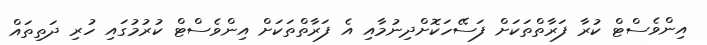
އިންވެސްޓް ކުރާ ފަރާތްތަކަށް ފަސޭހަކޮށްދިނުމާއި އެ ފަރާތްތަކަށް އިންވެސްޓް ކުރުމުގައި ހުރި ދަތިތައް